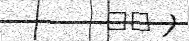
٨٨ )